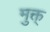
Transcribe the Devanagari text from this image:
मुक्त्